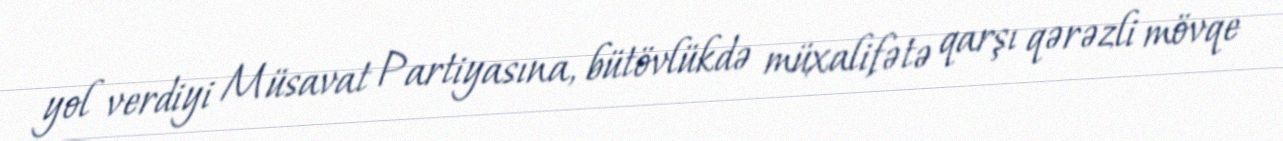
yol verdiyi Müsavat Partiyasına, bütövlükdə müxalifətə qarşı qərəzli mövqe